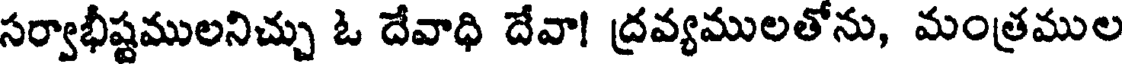
సర్వాభీష్టములనిచ్చు ఓ దేవాధి దేవా! ద్రవ్యములతోను, మంత్రముల